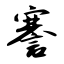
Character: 謇